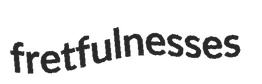
fretfulnesses